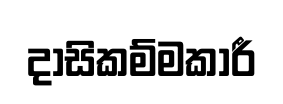
දාසිකම්මකාරී